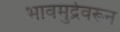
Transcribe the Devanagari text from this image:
भावमुद्रेवरून